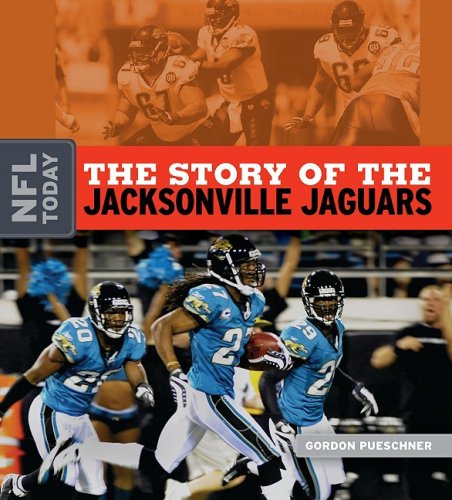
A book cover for The Story of the Jacksonville Jaguars (The NFL Today); Gordon Pueschner; Teen & Young Adult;